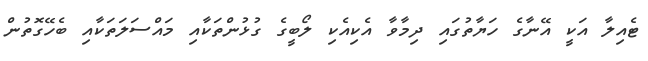
ޓެއިލާ އަކީ އޭނާގެ ހަޔާތުގައި ދިމާވާ އެކިއެކި ލޯބީގެ ގުޅުންތަކާއި މައްސަލަތަކާއި ބެހޭގޮތުން